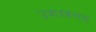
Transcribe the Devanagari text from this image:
उत्रादकरांना